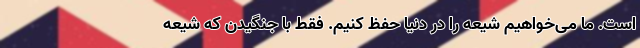
است. ما می‌خواهیم شیعه را در دنیا حفظ کنیم. فقط با جنگیدن که شیعه